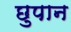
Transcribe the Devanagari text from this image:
छुपान